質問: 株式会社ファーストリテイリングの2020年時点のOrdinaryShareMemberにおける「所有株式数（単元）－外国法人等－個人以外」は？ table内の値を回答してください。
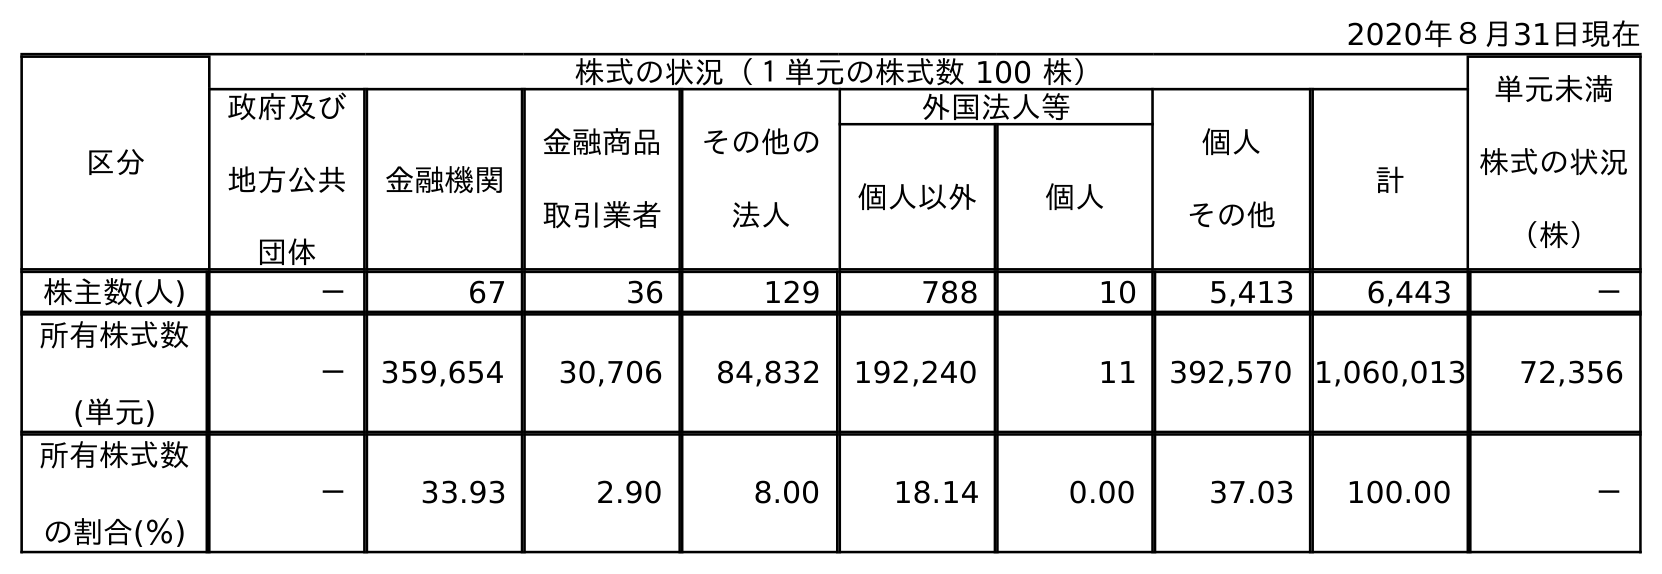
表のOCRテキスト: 2020年８月31日現在 区分 株式の状況（１単元の株式数 100 株） 単元未満 株式の状況 （株） 政府及び 地方公共 団体 金融機関 金融商品 取引業者 その他の 法人 外国法人等 個人 その他 計 個人以外 個人 株主数(人) － 67 36 129 788 10 5,413 6,443 － 所有株式数 (単元) － 359,654 30,706 84,832 192,240 11 392,570 1,060,013 72,356 所有株式数 の割合(％) － 33.93 2.90 8.00 18.14 0.00 37.03 100.00 －
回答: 192,240